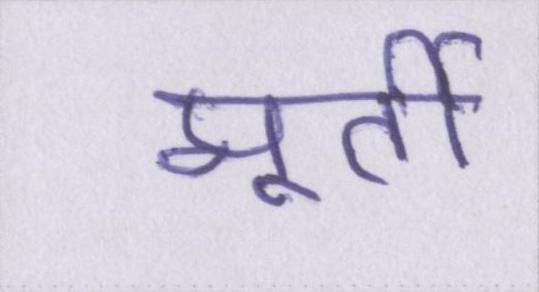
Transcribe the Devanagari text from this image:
मूर्ती